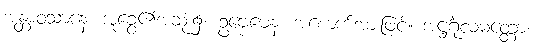
အန္တာဝသာနေ၊ အူခွေ၏အဆုံး၌။ ဥဗ္ဗေဓေန၊ အစောက်အားဖြင့်။ အဋ္ဌင်္ဂုလမတ္တော၊